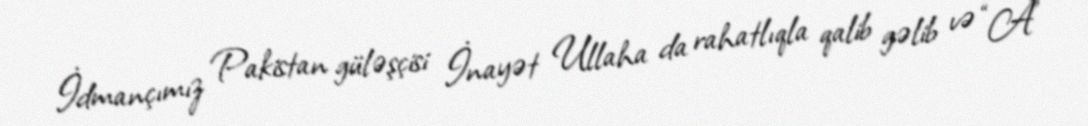
İdmançımız Pakistan güləşçisi İnayət Ullaha da rahatlıqla qalib gəlib və “A”